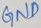
Text: GND